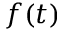
f ( t )